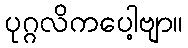
ပုဂ္ဂလိကပေါ့ဗျာ။